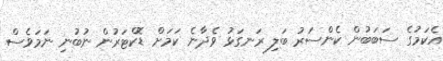
އެކަމުގެ ސަބަބުން ކެންސަރު ބަލި ރަނގަޅު ވެދާނެ ކަމަށް ޑޮކްޓަރުން ނުބުނި ނަމަވެސް